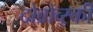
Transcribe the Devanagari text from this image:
दोब्रोव्स्की